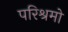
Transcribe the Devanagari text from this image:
परिश्रमो